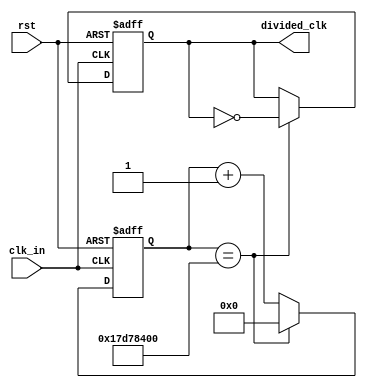
`timescale 1ns / 1ps
//////////////////////////////////////////////////////////////////////////////////
// Company: 
// Engineer: 
// 
// Design Name: 
// Module Name:    slowestclk_divider 
// Project Name: 
// Target Devices: 
// Tool versions: 
// Description: 
//
// Dependencies: 
//
// Revision: 
// Revision 0.01 - File Created
// Additional Comments: 
//
//////////////////////////////////////////////////////////////////////////////////
module slowestclk_divider(
    input clk_in,
    input rst,
    output reg divided_clk
    );

parameter toggle_value = 29'b10111110101111000010000000000;

reg[28:0] cnt;

always@(posedge clk_in or posedge rst)
begin
    if (rst==1) begin
        cnt <= 0;
        divided_clk <= 0;
    end
    else begin
        if (cnt==toggle_value) begin
            cnt <= 0;
            divided_clk <= ~divided_clk;
        end
        else begin
            cnt <= cnt +1;
            divided_clk <= divided_clk;
        end
    end

end


endmodule